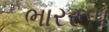
ભારરૂપ